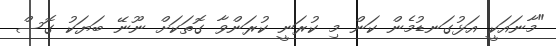
"މާނައަކީ އަޅުގަނޑުމެން ކަން މި ކުރަނީ ކުރަންވާ ގޮތަކަށް ނޫނޭ ބަޔަކު ގޮސް